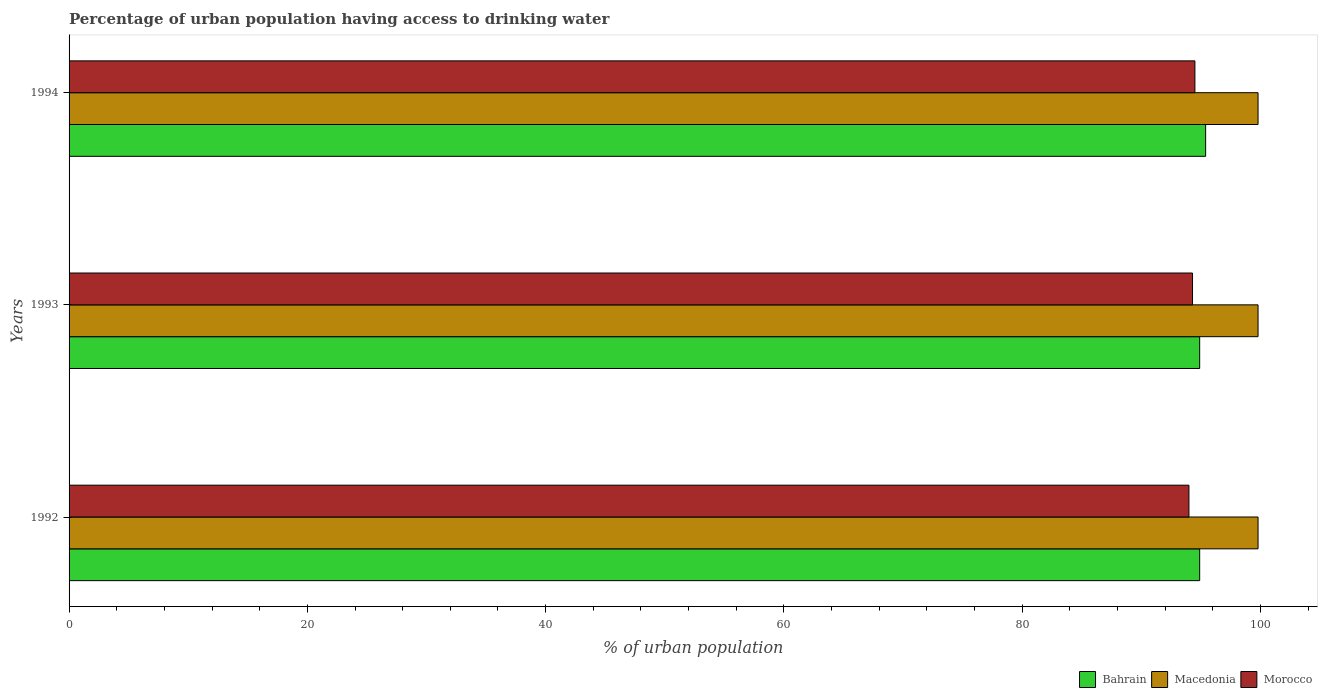
| Years | Bahrain | Macedonia | Morocco |
 | --- | --- | --- | --- |
 | 1992 | 94.9 | 99.8 | 94 |
 | 1993 | 94.9 | 99.8 | 94.3 |
 | 1994 | 95.4 | 99.8 | 94.5 |